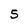
Character: S